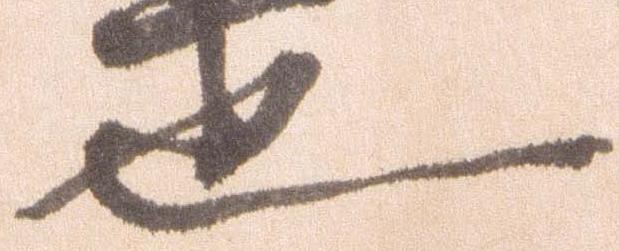
也